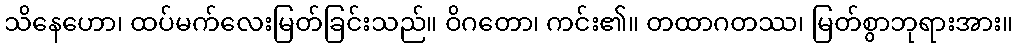
သိနေဟော၊ ထပ်မက်လေးမြတ်ခြင်းသည်။ ဝိဂတော၊ ကင်း၏။ တထာဂတဿ၊ မြတ်စွာဘုရားအား။